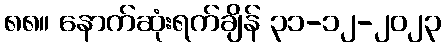
၈၈။ နောက်ဆုံးရက်ချိန် ၃၁-၁၂-၂၀၂၃